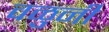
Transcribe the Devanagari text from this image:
वळुनी